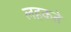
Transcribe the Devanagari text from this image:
लहकते